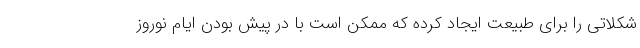
شکلاتی را برای طبیعت ایجاد کرده که ممکن است با در پیش بودن ایام نوروز